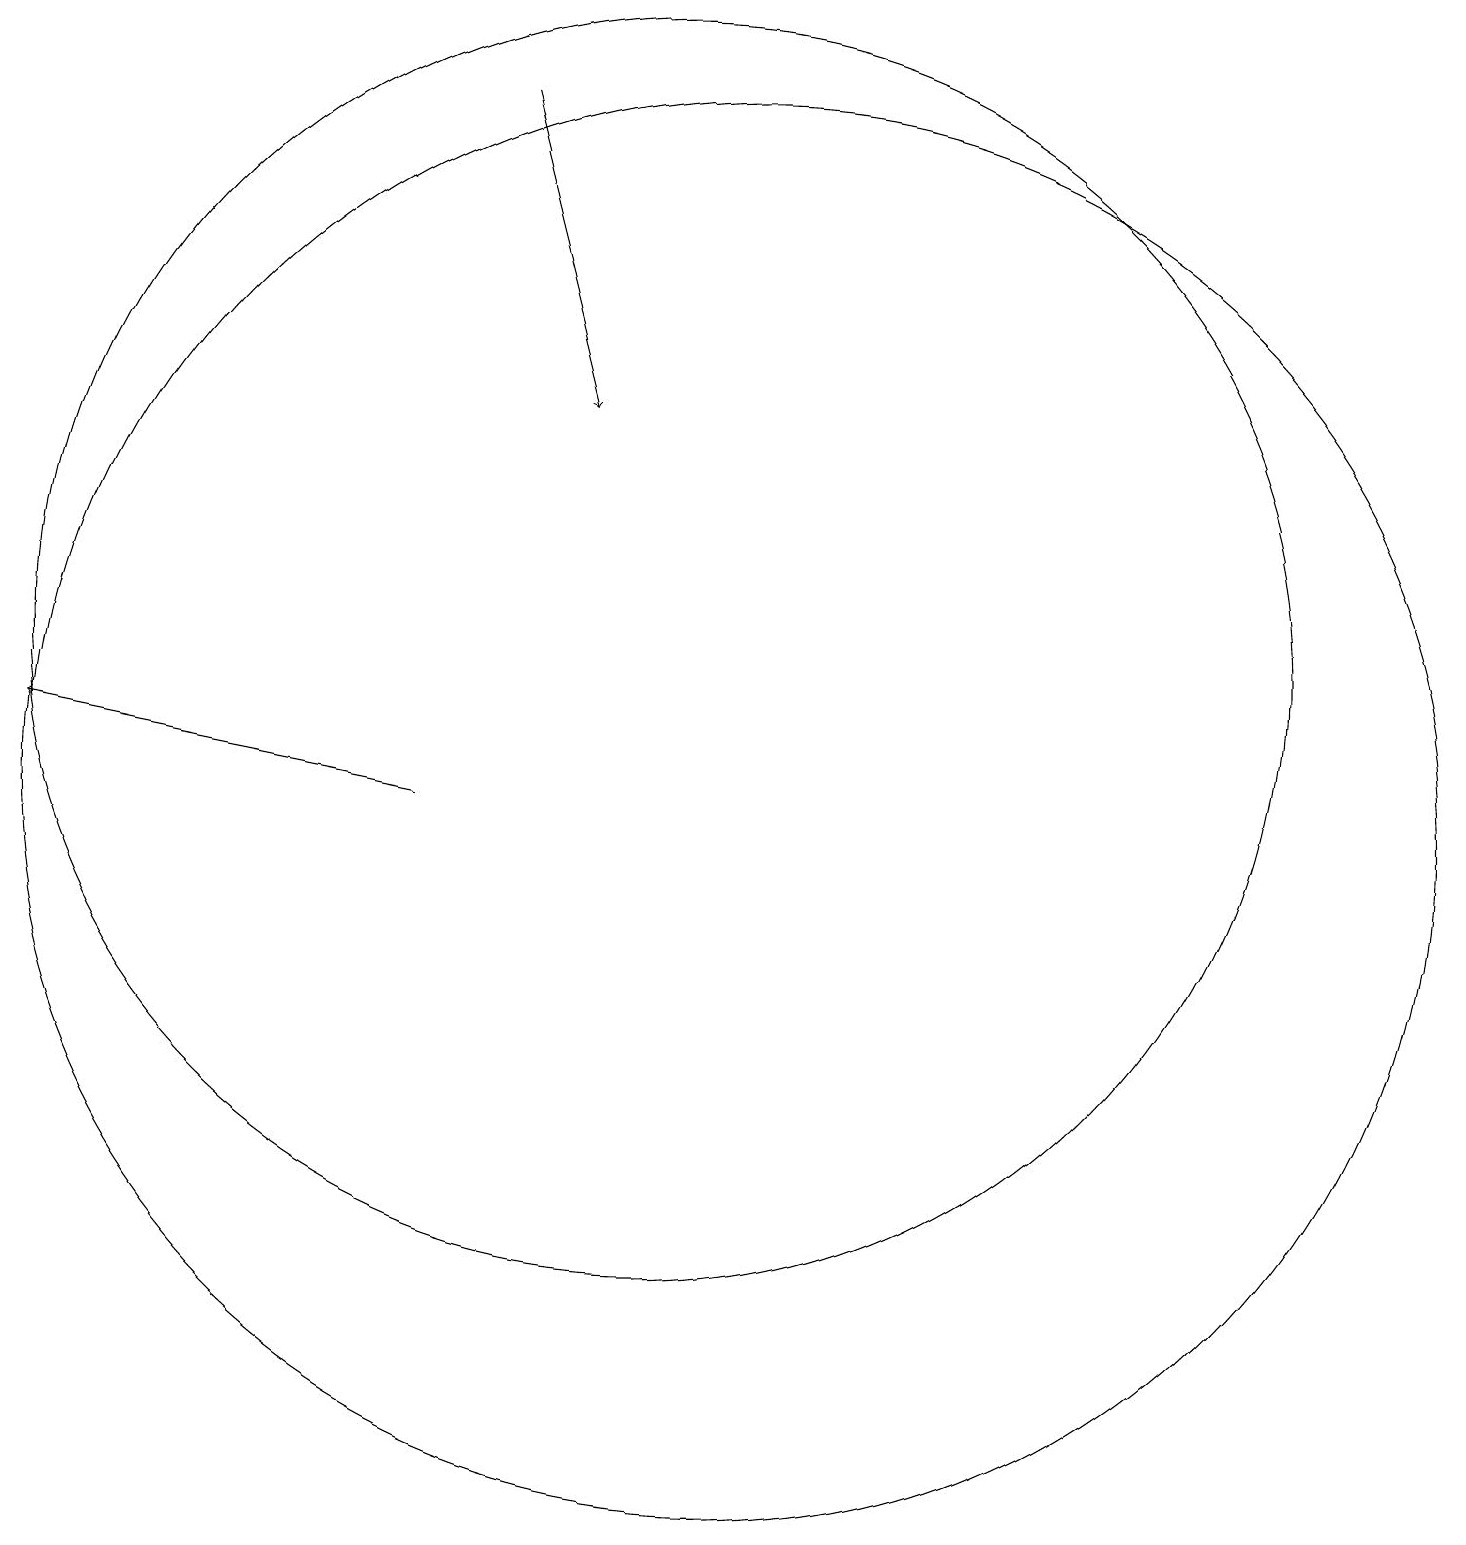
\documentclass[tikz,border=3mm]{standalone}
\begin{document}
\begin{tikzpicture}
\draw (11,10) circle (9);
\draw (10,12) circle (8);
\draw[->] (7,10) -- (2,11);
\draw[->] (8,19) -- (9,15);
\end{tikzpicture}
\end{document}